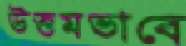
উত্তমভাবে